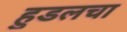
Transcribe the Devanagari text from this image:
हुडलचा